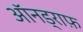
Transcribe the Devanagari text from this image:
ऑनड्राफ़